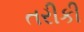
તરીકી